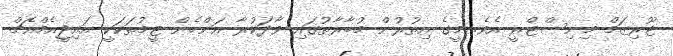
ޓޫރިޒަމް މިނިސްޓްރީ އެވެ. މީގެ އިތުރުން މުބާރާތުގައި ވާދަކުރާ އަންހެން ޓީމުތަކަކީ އައިޖީއެމްއެޗް